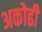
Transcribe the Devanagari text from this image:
अकोढी